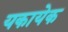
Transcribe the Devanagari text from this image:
यकायेक